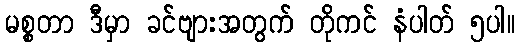
မစ္စတာ ဒီမှာ ခင်ဗျားအတွက် တိုကင် နံပါတ် ၅ပါ။